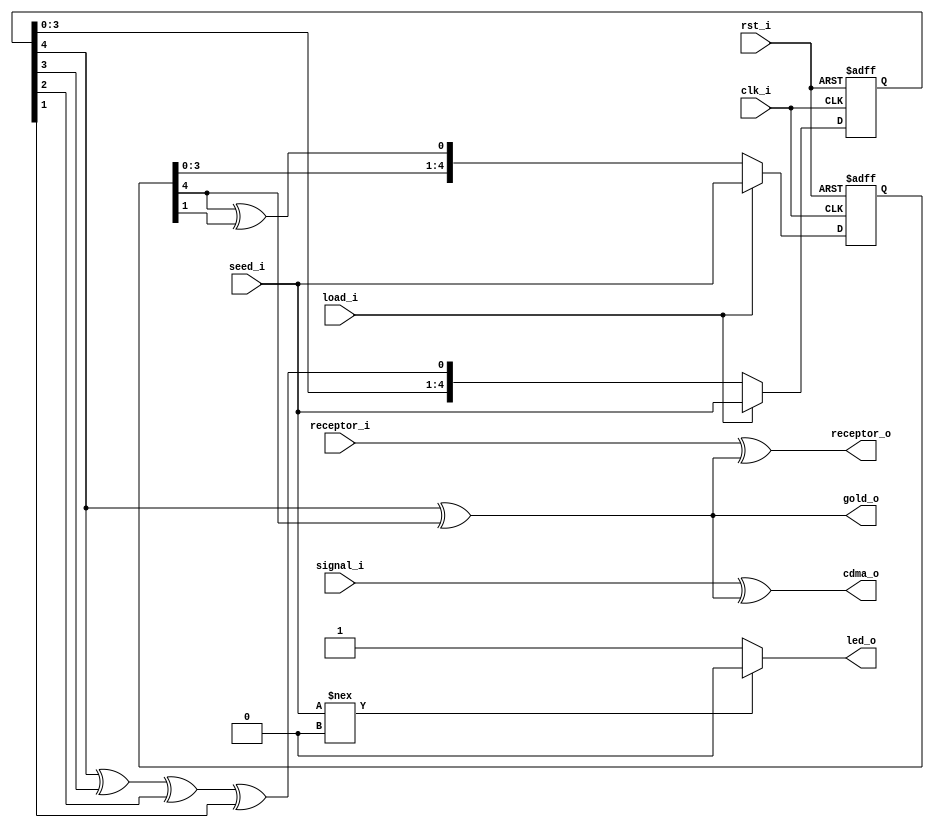
module cdma (
  input       clk_i,
  input       rst_i,
  input       signal_i,
  input [4:0] seed_i, 
  input       receptor_i,
  input 	  load_i,
  output      cdma_o,
  output      gold_o,
  output      receptor_o,
  output      led_o
); 

  reg [4:0] data1;
  reg [4:0] data2;
  wire [4:0] data1_next;
  wire [4:0] data2_next;
  wire aux1;
  wire aux2;
  wire [4:0] mux1;
  wire [4:0] mux2;
  
  assign aux1 = data1[4] ^ data1[3] ^ data1[2] ^ data1[1];
  assign aux2 = data2[4] ^ data2[1];
  
  assign data1_next = {data1[3:0], aux1};
  assign data2_next = {data2[3:0], aux2};
  
  assign mux1 = (load_i == 1'b1) ? seed_i : data1_next;
  assign mux2 = (load_i == 1'b1) ? seed_i : data2_next;
  
  always @(posedge clk_i, posedge rst_i) begin
    if (rst_i) begin
      data1 <= 5'b00000;
    end else begin
      data1 <= mux1; 
    end
  end

  always @(posedge clk_i, posedge rst_i) begin
    if (rst_i) begin
      data2 <= 5'b00000; 
    end else begin
      data2 <= mux2;
    end
  end

  assign led_o  = (seed_i !== 5'b00000) ? 1'b0 : 1'b1;
  assign gold_o = data1[4] ^ data2[4];
  assign cdma_o = signal_i ^ gold_o;
  assign receptor_o = receptor_i ^ gold_o;
  
endmodule